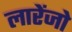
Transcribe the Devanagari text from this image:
लारेंजो